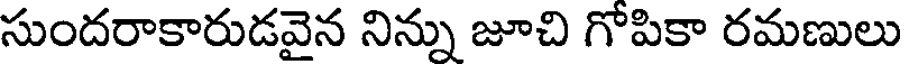
సుందరాకారుడవైన నిన్ను జూచి గోపికా రమణులు